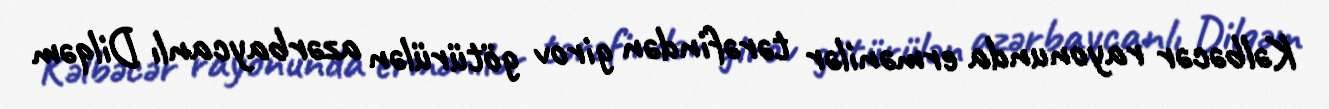
Kəlbəcər rayonunda ermənilər tərəfindən girov götürülən azərbaycanlı Dilqəm